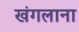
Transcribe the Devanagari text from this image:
खंगलाना